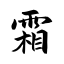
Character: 霜